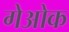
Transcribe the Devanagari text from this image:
गेओक